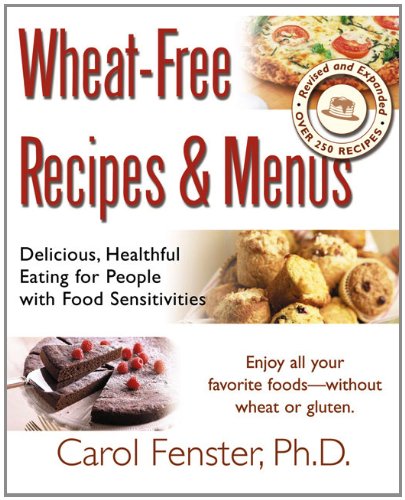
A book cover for Wheat-Free Recipes and Menus; Carol Fenster; Health, Fitness & Dieting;